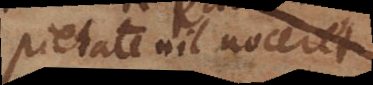
pietate nil noceret;